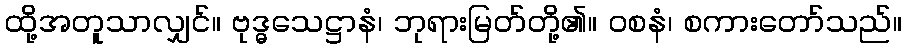
ထို့အတူသာလျှင်။ ဗုဒ္ဓသေဋ္ဌာနံ၊ ဘုရားမြတ်တို့၏။ ဝစနံ၊ စကားတော်သည်။